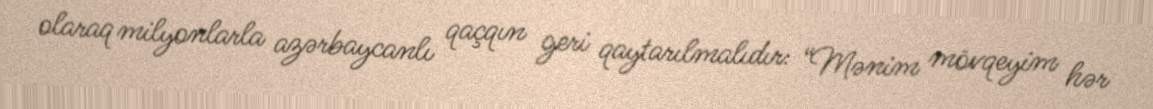
olaraq milyonlarla azərbaycanlı qaçqın geri qaytarılmalıdır: “Mənim mövqeyim hər